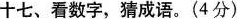
十七、看数字，猜成语。(4分)